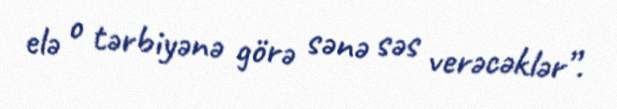
elə o tərbiyənə görə sənə səs verəcəklər”.